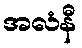
အလံနီ